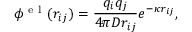
\phi ^ { \mathrm { ~ e ~ l ~ } } ( r _ { i j } ) = \frac { q _ { i } q _ { j } } { 4 \pi D r _ { i j } } e ^ { - \kappa r _ { i j } } ,